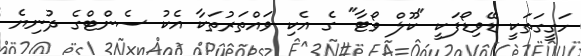
ހަގީގަތަކީ ޑޭވިޑޯފަކީ "ކޫލް ވޯޓާ" ގެ އެކި ވައްތަރުތަކާ އެކު ސެންޓްގެ ދުނިޔެ